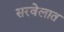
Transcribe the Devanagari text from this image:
सरवेलात